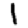
Digit: 1